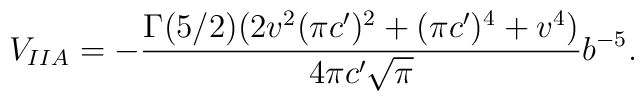
V_{IIA}=-\frac{\Gamma(5/2) (2v^2(\pi c')^2+(\pi c')^4+v^4)}{4\pi c'\sqrt{\pi}}b^{-5}.